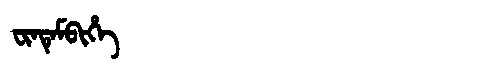
Manchu: ᠸᡳᠨᡨᡝᠮᠪᡳᡥᡝ
Romanization: FINTEMBIHE